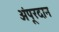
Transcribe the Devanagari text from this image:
अंपूरदान